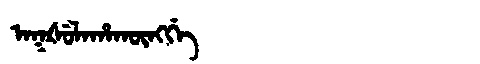
Manchu: ᠠᡴᡧᡠᠯᠠᡥᠠᡴᡡᠩᡤᡝ
Romanization: AKŠULAHAKŪNGGE